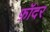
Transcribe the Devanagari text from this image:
फ़ॉदर